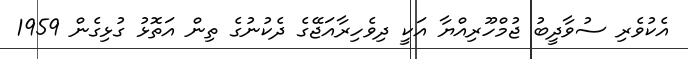
އެކުވެރި ސުވާދީބު ޖުމްހޫރިއްޔާ އަކީ ދިވެހިރާއަޖޭގެ ދެކުނުގެ ތިން އަތޮޅު ގުޅިގެން 1959